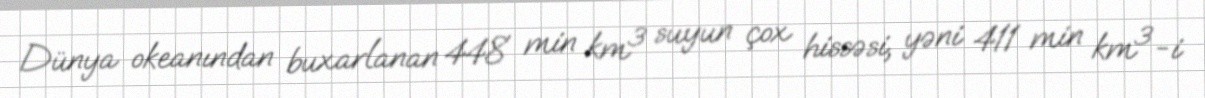
Dünya okeanından buxarlanan 448 min km³ suyun çox hissəsi, yəni 411 min km³-i